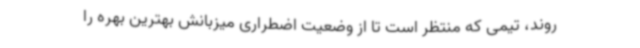
‌روند، تیمی که منتظر است تا از وضعیت اضطراری میزبانش بهترین بهره را